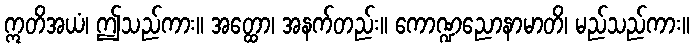
ဣတိအယံ၊ ဤသည်ကား။ အတ္ထော၊ အနက်တည်း။ ကောဏ္ဍညောနာမာတိ၊ မည်သည်ကား။